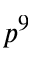
p ^ { 9 }